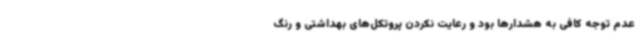
عدم توجه کافی به هشدارها بود و رعایت نکردن پروتکل‌های بهداشتی و رنگ